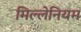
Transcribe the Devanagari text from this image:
मिल्लेनियम